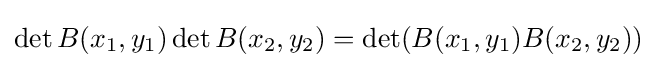
\det B(x_{1},y_{1})\det B(x_{2},y_{2})=\det(B(x_{1},y_{1})B(x_{2},y_{2}))